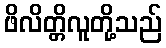
ဖိလိတ္တိလူတို့သည်